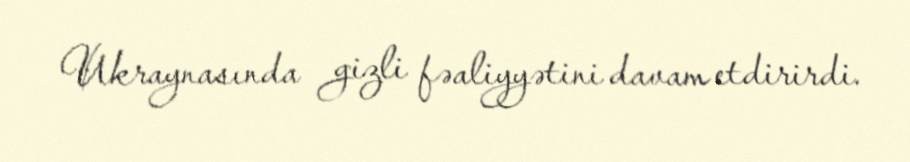
Ukraynasında gizli fəaliyyətini davam etdirirdi.